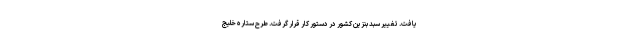
یافت. تغییر سبد بنزین کشور در دستور کار قرار گرفت. طرح ستاره خلیج